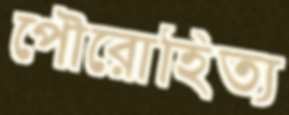
পৌরোহিত্য